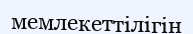
мемлекеттілігін